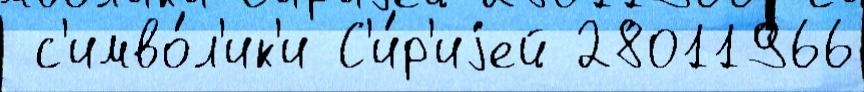
 с'имво́л'ик'и С'и́р'иjей 28011966